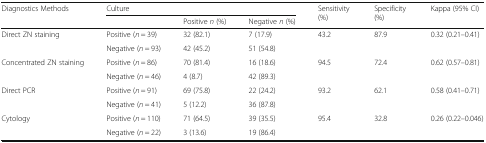
| <ROWSPAN=2> Diagnostics Methods | <COLSPAN=3> Culture | <ROWSPAN=2> Sensitivity (%) | <ROWSPAN=2> Specificity (%) | <ROWSPAN=2> Kappa (95% CI) |
 |  | Positive n (%) | Negative n (%) |
 | --- | --- | --- | --- | --- | --- | --- |
 | <ROWSPAN=2> Direct ZN staining | Positive (n = 39) | 32 (82.1) | 7 (17.9) | 43.2 | 87.9 | 0.32 (0.21–0.41) |
 | Negative (n = 93) | 42 (45.2) | 51 (54.8) |  |  |  |
 | <ROWSPAN=2> Concentrated ZN staining | Positive (n = 86) | 70 (81.4) | 16 (18.6) | 94.5 | 72.4 | 0.62 (0.57–0.81) |
 | Negative (n = 46) | 4 (8.7) | 42 (89.3) |  |  |  |
 | <ROWSPAN=2> Direct PCR | Positive (n = 91) | 69 (75.8) | 22 (24.2) | 93.2 | 62.1 | 0.58 (0.41–0.71) |
 | Negative (n = 41) | 5 (12.2) | 36 (87.8) |  |  |  |
 | <ROWSPAN=2> Cytology | Positive (n = 110) | 71 (64.5) | 39 (35.5) | 95.4 | 32.8 | 0.26 (0.22–0.046) |
 | Negative (n = 22) | 3 (13.6) | 19 (86.4) |  |  |  |